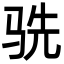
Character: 𬳽